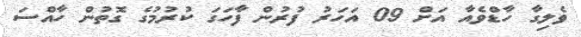
ވެލިގާ ހާޑްވެއާ އަށް 09 އަހަރު ފުރުން ފާހަގަ ކުރުމުގެ ގޮތުން ހާއްސަ